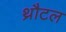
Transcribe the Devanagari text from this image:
थ्रौटल